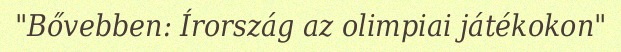
"Bővebben: Írország az olimpiai játékokon"